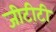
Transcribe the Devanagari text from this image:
जीटीटी